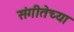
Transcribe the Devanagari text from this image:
संगीतेच्या